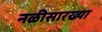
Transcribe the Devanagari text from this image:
नळीसारख्या